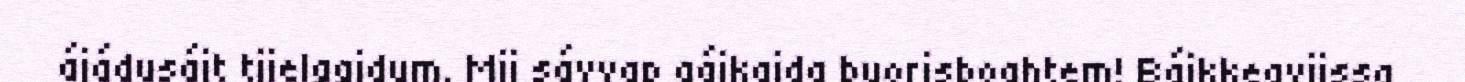
ájádusájt tjielggidum. Mij sávvap gájkajda buorisboahtem! Bájkkeavijssa